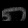
Digit: ၈